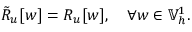
\tilde { R } _ { u } [ w ] = R _ { u } [ w ] , \quad \forall w \in \mathbb { V } _ { h } ^ { 1 } .